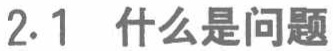
2.1 什么是问题